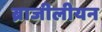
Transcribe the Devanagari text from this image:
ब्राजीलीयन